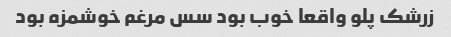
زرشک پلو واقعا خوب بود سس مرغم خوشمزه بود